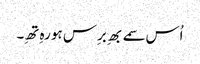
اُس سمے بھِ برِس ہو رہِ تھِ۔